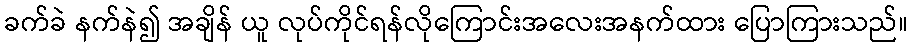
ခက်ခဲ နက်နဲ၍ အချိန် ယူ လုပ်ကိုင်ရန်လိုကြောင်းအလေးအနက်ထား ပြောကြားသည်။